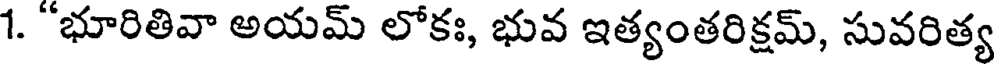
1. "భూరితివా అయమ్ లోకః, భువ ఇత్యంతరిక్షమ్, సువరిత్య